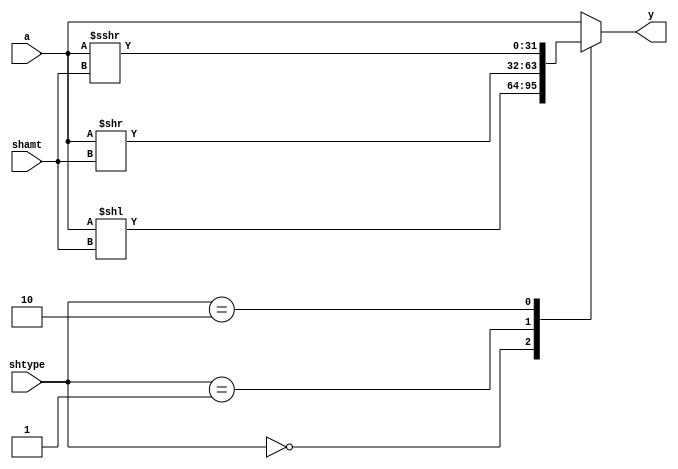
// This program was cloned from: https://github.com/NYU-MLDA/OpenABC
// License: BSD 3-Clause "New" or "Revised" License

module shifter (input  wire signed [31:0] a,
		input wire [ 4:0]  shamt,
		input wire [ 1:0]  shtype,
		output reg [31:0] y);
   
   always@(*)
     case (shtype)
       2'b00:   
	 begin
	    y = a << shamt;
	 end	    
       2'b01:   
	 begin
	    y = a >> shamt;
	 end
       2'b10:   
	 begin
	    y = a >>> shamt;
	 end
       default: 
	 begin
	    y = a;
	 end
     endcase // case (shtype)

endmodule